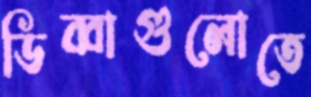
ডিব্বাগুলোতে